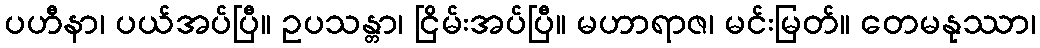
ပဟီနာ၊ ပယ်အပ်ပြီ။ ဥပသန္တာ၊ ငြိမ်းအပ်ပြီ။ မဟာရာဇ၊ မင်းမြတ်။ တေမနုဿာ၊